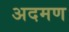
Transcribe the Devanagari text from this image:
अदमण